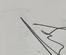
Signature authenticity: genuine